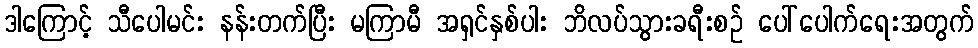
ဒါကြောင့် သီပေါမင်း နန်းတက်ပြီး မကြာမီ အရှင်နှစ်ပါး ဘိလပ်သွားခရီးစဉ် ပေါ်ပေါက်ရေးအတွက်